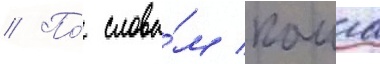
// По́ слова́м каила